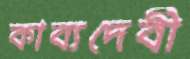
কাব্যদেবী